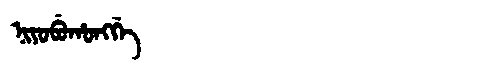
Manchu: ᠨᡳᠶᠣᠪᡠᡥᠣᠩᡤᡝ
Romanization: NIYOBUHONGGE